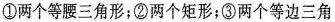
①两个等腰三角形；②两个矩形；③两个等边三角